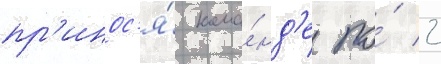
пр'инос'я́ кома́нд'е по́ 2